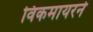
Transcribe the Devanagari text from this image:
विकमायरने